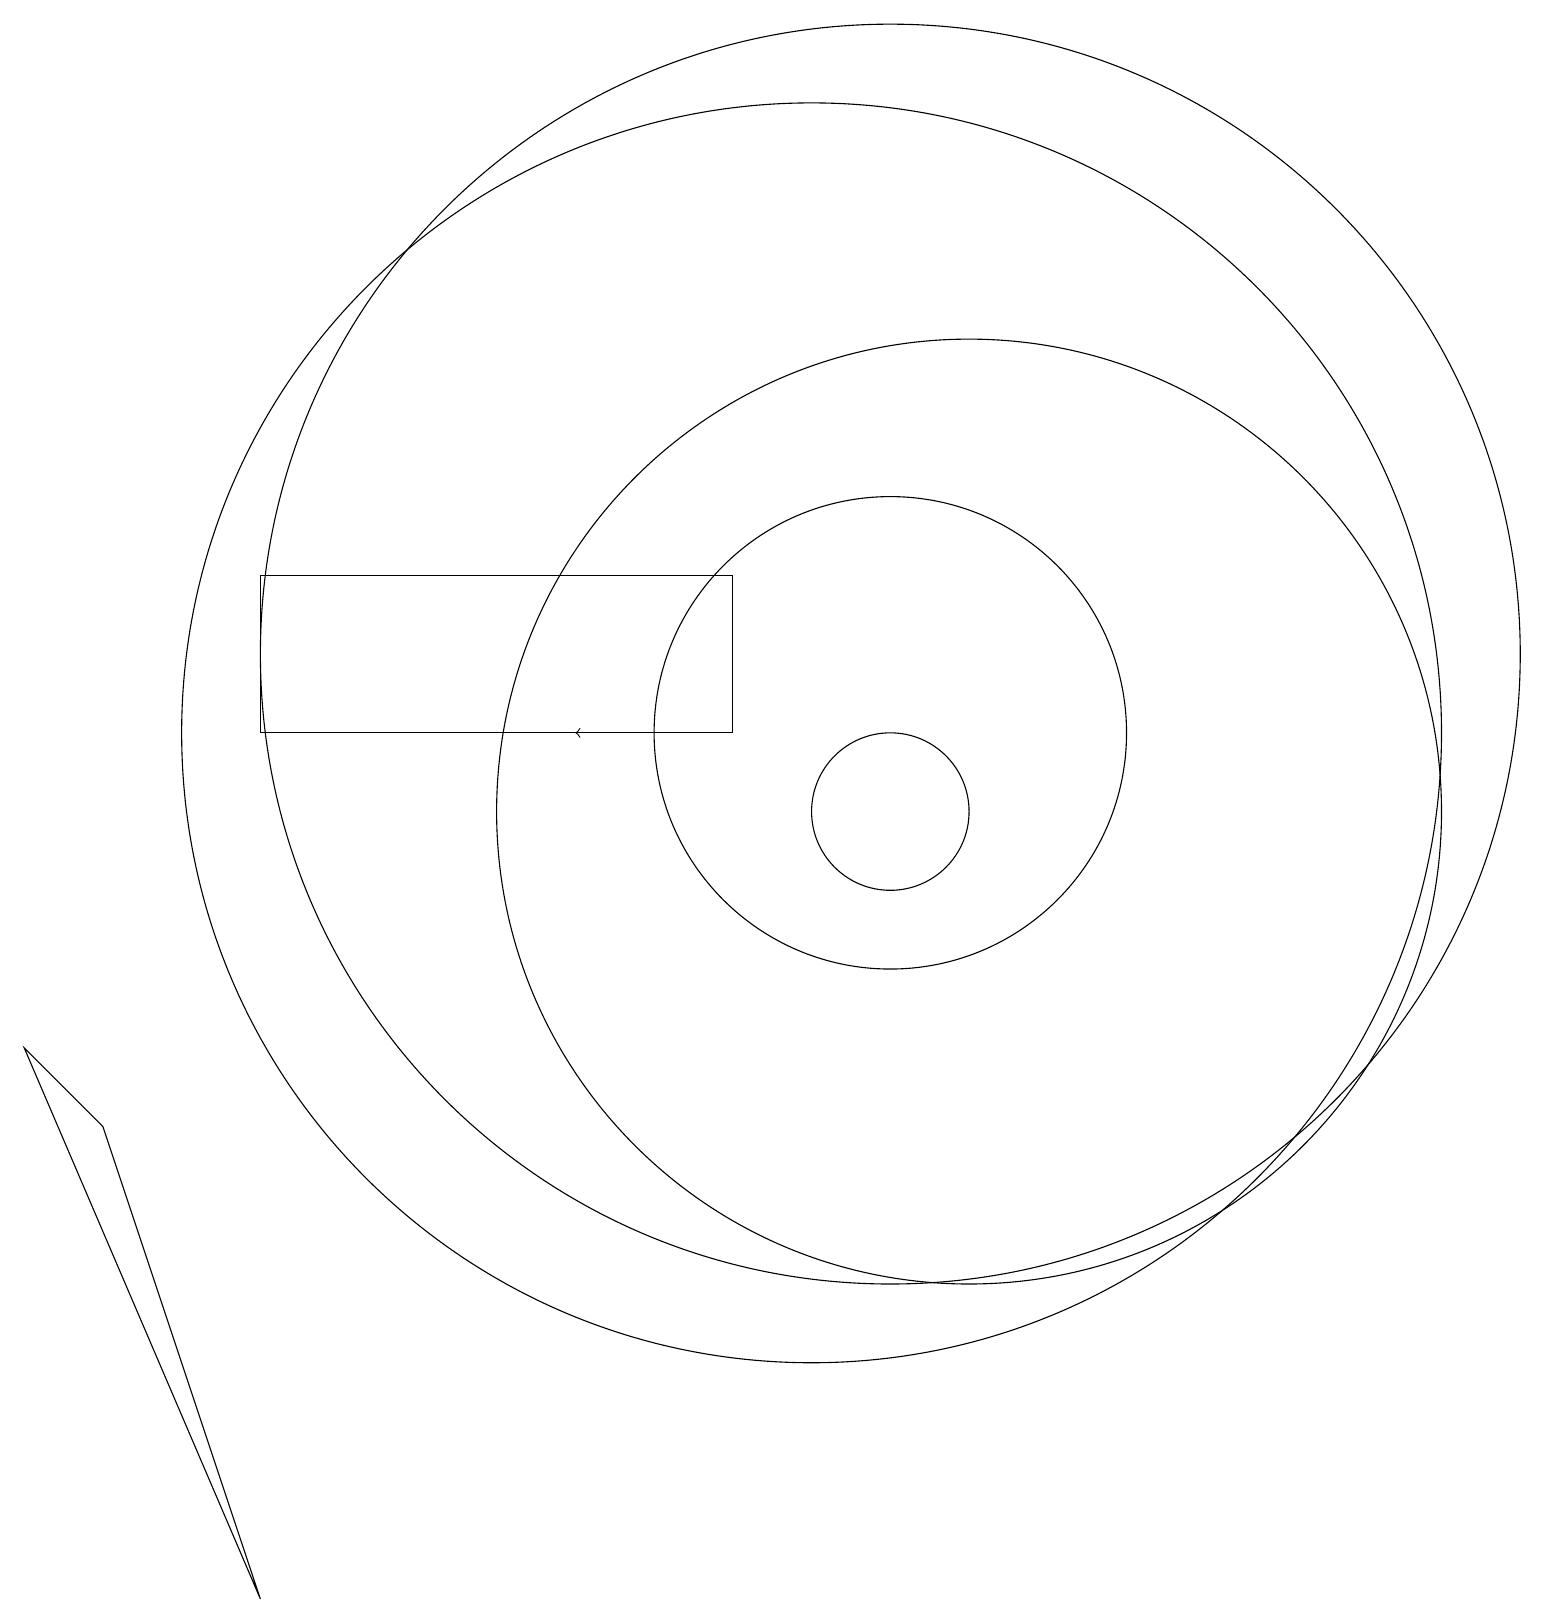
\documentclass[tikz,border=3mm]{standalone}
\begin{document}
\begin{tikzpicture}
\draw (11,12) circle (8);
\draw (10,11) circle (8);
\draw (11,10) circle (1);
\draw (3,0) -- (1,6) -- (0,7) -- cycle;
\draw (11,11) circle (3);
\draw[->] (8,11) -- (7,11);
\draw (12,10) circle (6);
\draw (3,13) rectangle (9,11);
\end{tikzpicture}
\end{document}